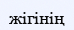
жігінің